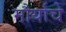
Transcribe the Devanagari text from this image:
मौर्याचे